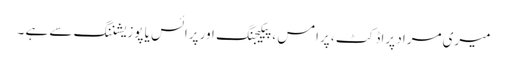
میری مراد پراڈکٹ ، پرامس ، پیکیجنگ اور پرائس یا پوزیشننگ سے ہے ۔